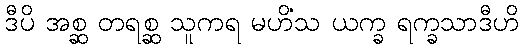
ဒီပိ အစ္ဆ တရစ္ဆ သူကရ မဟိံသ ယက္ခ ရက္ခသာဒီဟိ